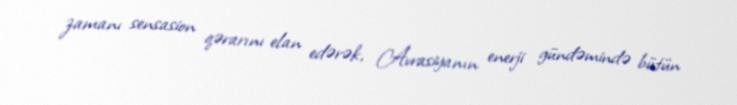
zamanı sensasion qərarını elan edərək, Avrasiyanın enerji gündəmində bütün